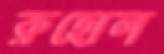
রুহোল